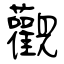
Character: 觀